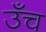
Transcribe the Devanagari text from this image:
उँच